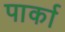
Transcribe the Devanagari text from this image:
पार्का